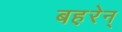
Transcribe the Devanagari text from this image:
बह़रेन्